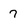
Character: 7